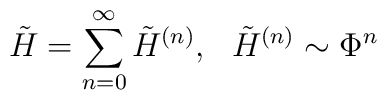
\tilde  H  =  \sum_{n=0}^\infty  \tilde  H^{(n)},~~  \tilde  H^{(n)}  \sim\Phi^n